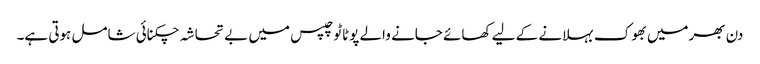
دن بھرمیں بھوک بہلانے کے لیے کھائے جانے والے پوٹاٹو چپس میں بے تحاشہ چکنائی شامل ہوتی ہے۔